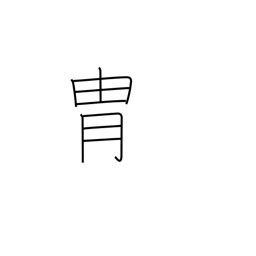
Meaning: bloodline